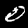
Digit: 0